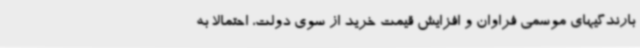
بارندگیهای موسمی فراوان و افزایش قیمت خرید از سوی دولت، احتمالا به